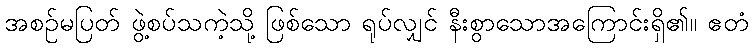
အစဉ်မပြတ် ဖွဲ့စပ်သကဲ့သို့ ဖြစ်သော ရုပ်လျှင် နီးစွာသောအကြောင်းရှိ၏။ ဧတံ